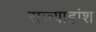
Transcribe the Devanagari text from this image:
राज्याहांश